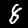
Label: 8